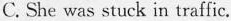
C. She was stuck in traffic.